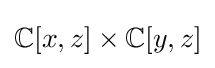
\mathbb {C} [x,z]\times \mathbb {C} [y,z]